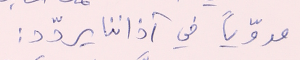
مدوّياً في آذاننا يردّد :